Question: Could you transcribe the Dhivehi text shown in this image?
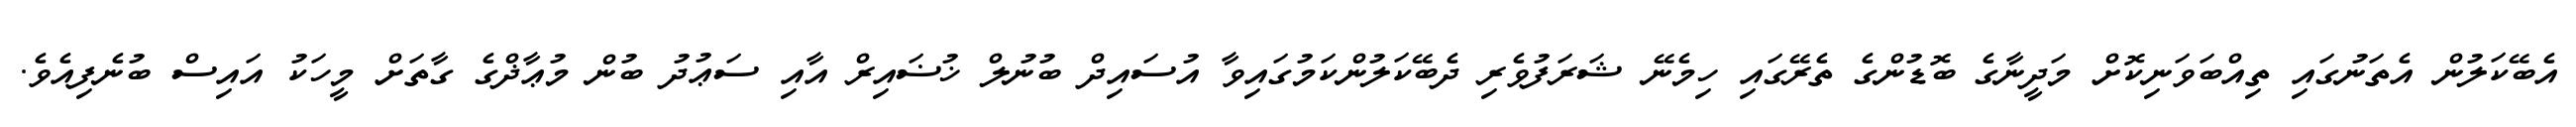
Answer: އެބޭކަލުން އެތަނުގައި ތިއްބަވަނިކޮށް މަދީނާގެ ބޮޑުންގެ ތެރޭގައި ހިމެނޭ ޝަރަފުވެރި ދެބޭކަލުންކަމުގައިވާ އުސައިދް ބުނުލް ޚުޟައިރް އާއި ސަޢުދު ބުން މުޢާޛްގެ ގާތަށް މީހަކު އައިސް ބުނެފިއެވެ.